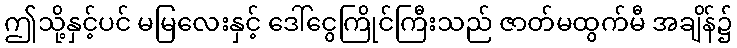
ဤသို့နှင့်ပင် မမြလေးနှင့် ဒေါ်ငွေကြိုင်ကြီးသည် ဇာတ်မထွက်မီ အချိန်၌